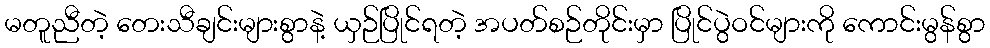
မတူညီတဲ့ တေးသီချင်းများစွာနဲ့ ယှဉ်ပြိုင်ရတဲ့ အပတ်စဉ်တိုင်းမှာ ပြိုင်ပွဲဝင်များကို ကောင်းမွန်စွာ